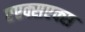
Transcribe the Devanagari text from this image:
एएक्सएक्स